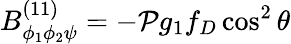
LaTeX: B_{\phi_{1}\phi_{2}\psi}^{(11)}=-{\cal P}g_{1}f_{D}\cos^{2}\theta